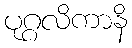
ပုဂ္ဂလိကာနိ